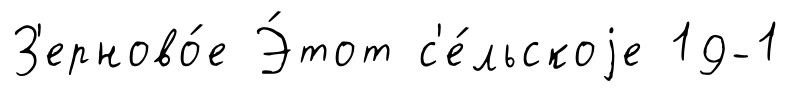
З'ерново́е Э́тот с'е́льскоjе 19-1